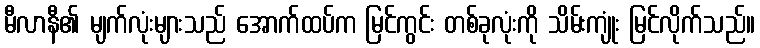
မီလာနီ၏ မျက်လုံးများသည် အောက်ထပ်က မြင်ကွင်း တစ်ခုလုံးကို သိမ်းကျုံး မြင်လိုက်သည်။